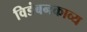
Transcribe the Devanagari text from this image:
विडंबनकाव्य